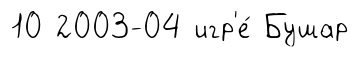
10 2003-04 игр'е́ Бушар